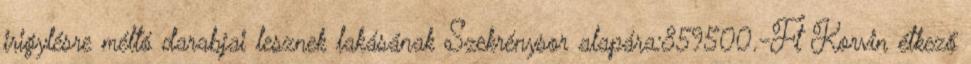
irigylésre méltó darabjai lesznek lakásának Szekrénysor alapára:859500.-Ft Korvin étkező